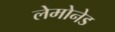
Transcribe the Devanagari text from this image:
लेमोनेड